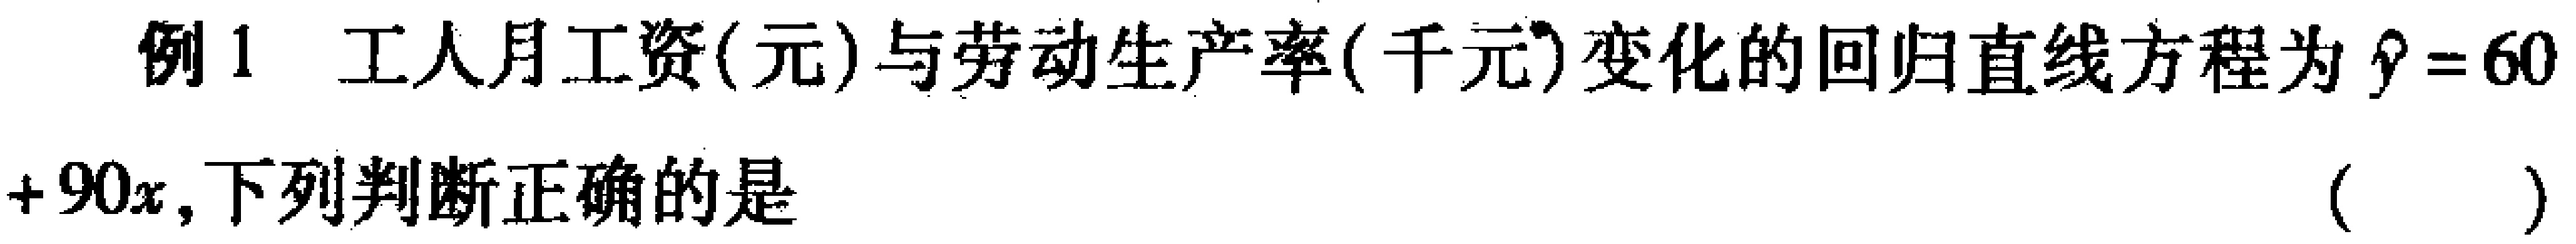
例1 工人月工资(元)与劳动生产率(千元)变化的回归直线方程为$\hat{y}=60 + 90x$,下列判断正确的是 （  ）